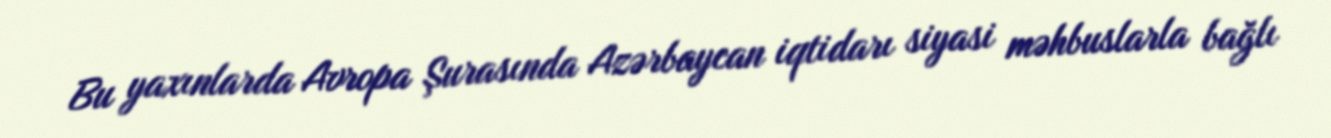
Bu yaxınlarda Avropa Şurasında Azərbaycan iqtidarı siyasi məhbuslarla bağlı